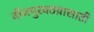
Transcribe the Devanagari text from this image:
वीजपुरवठय़ासाठी